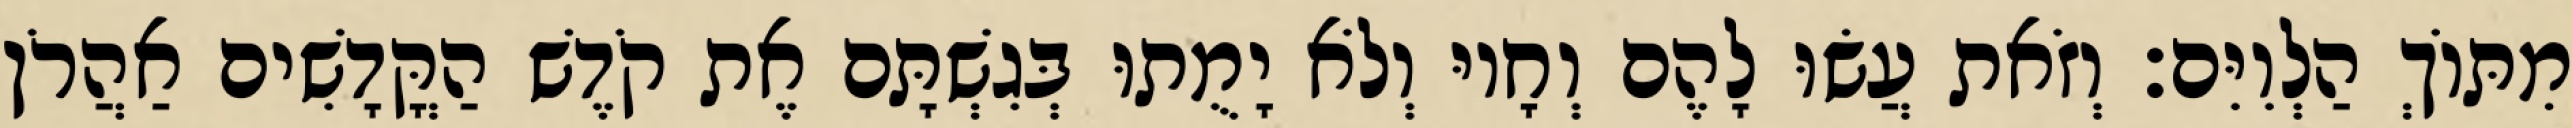
מִתּוֹךְ הַלְוִיִּם׃ וְזֹאת עֲשׂוּ לָהֶם וְחָיוּ וְלֹא יָמֻתוּ בְּגִשְׁתָּם אֶת קֹדֶשׁ הַקֳּדָשִׁים אַהֲרֹן